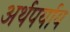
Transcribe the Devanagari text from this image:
अर्थपर्याय